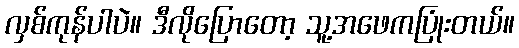
လှစ်ကုန်ပါပဲ။ ဒီလိုပြောတော့ သူ့အဖေကပြုံးတယ်။